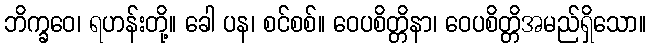
ဘိက္ခဝေ၊ ရဟန်းတို့။ ခေါ ပန၊ စင်စစ်။ ဝေပစိတ္တိနာ၊ ဝေပစိတ္တိအမည်ရှိသော။